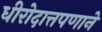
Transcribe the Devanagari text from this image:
धीरोदात्तपणाने